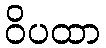
ဝိပထာ